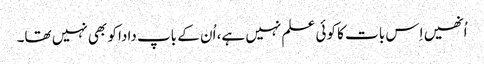
اُنھیں اِس بات کا کوئی علم نہیں ہے، اُن کے باپ دادا کو بھی نہیں تھا۔